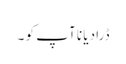
ڈرا دیا نا آپ کو ۔